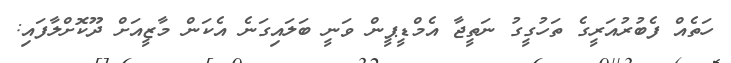
ހަތެއް ފެބުރުއަރީގެ ތަހުގީގު ނަތީޖާ އެމްޑީޕީން ވަނީ ބަލައިގަނެ އެކަން މާޒީއަށް ދޫކޮށްލާފައި: